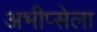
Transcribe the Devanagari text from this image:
अभीप्सेला